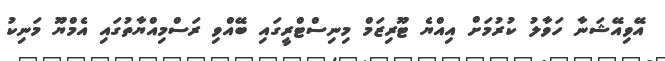
އޭވިއޭޝަނާ ހަވާލު ކުރުމަށް އިއްޔެ ޓޫރިޒަމް މިނިސްޓްރީގައި ބޭއްވި ރަސްމިއްޔާތުގައި އެމްޔޫ މަނިކު